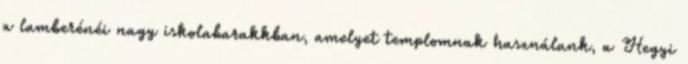
a lamberénéi nagy iskolabarakkban, amelyet templomnak használunk, a Hegyi